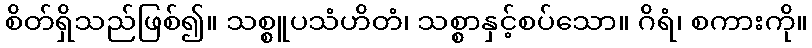
စိတ်ရှိသည်ဖြစ်၍။ သစ္စူပသံဟိတံ၊ သစ္စာနှင့်စပ်သော။ ဂိရံ၊ စကားကို။